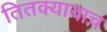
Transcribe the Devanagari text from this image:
तितक्यायाच